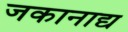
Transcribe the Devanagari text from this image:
जकानाद्य